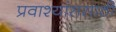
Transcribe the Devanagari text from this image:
प्रवाश्यांससाठी